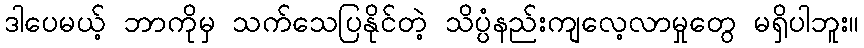
ဒါပေမယ့် ဘာကိုမှ သက်သေပြနိုင်တဲ့ သိပ္ပံနည်းကျလေ့လာမှုတွေ မရှိပါဘူး။